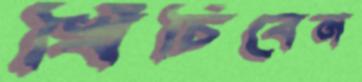
খিঁচিবেন